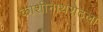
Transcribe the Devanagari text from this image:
काशीनाथशेठला